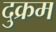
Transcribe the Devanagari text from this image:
दुक्रम